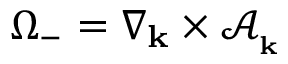
\Omega _ { - } = \nabla _ { \mathbf { k } } \times \mathcal { A } _ { _ { \mathbf { k } } }